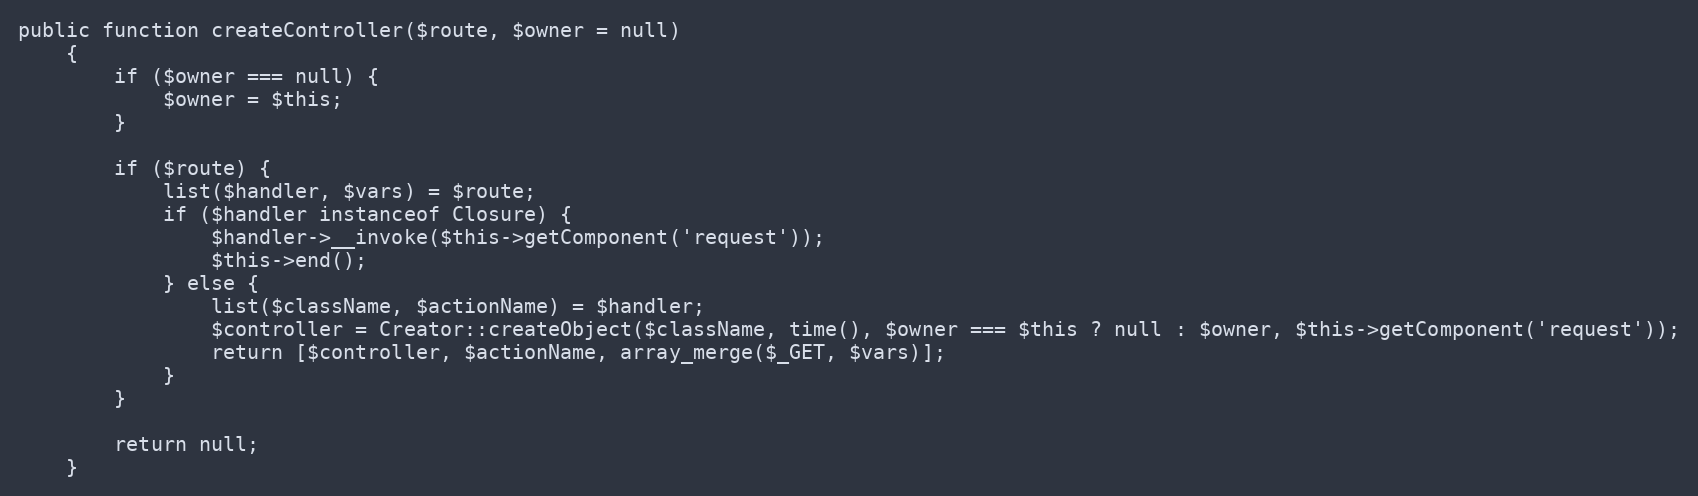
Language: PHP
public function createController($route, $owner = null)
    {
        if ($owner === null) {
            $owner = $this;
        }

        if ($route) {
            list($handler, $vars) = $route;
            if ($handler instanceof Closure) {
                $handler->__invoke($this->getComponent('request'));
                $this->end();
            } else {
                list($className, $actionName) = $handler;
                $controller = Creator::createObject($className, time(), $owner === $this ? null : $owner, $this->getComponent('request'));
                return [$controller, $actionName, array_merge($_GET, $vars)];
            }
        }

        return null;
    }